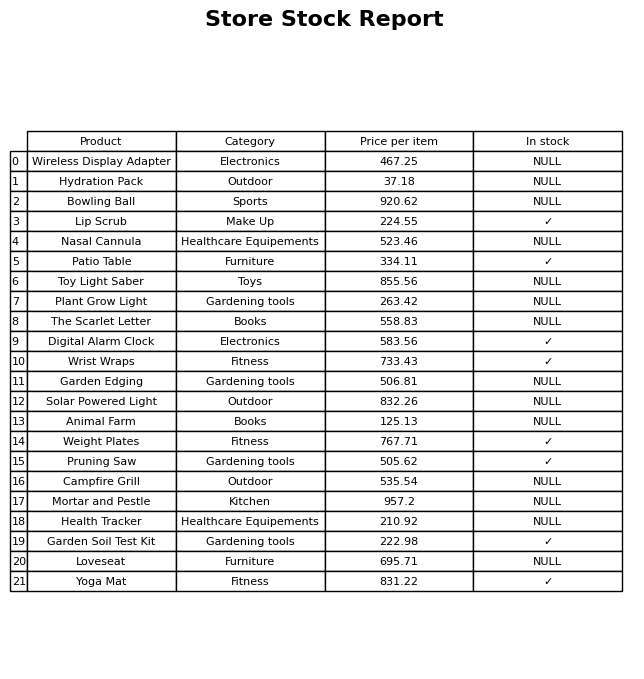
question: What is the price of the Garden Edging?
answer: The price of Garden Edging is 506.81.